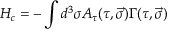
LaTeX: H _ { c } = - \int { d ^ { 3 } \sigma A _ { \tau } ( \tau , \vec { \sigma } ) \Gamma ( \tau , \vec { \sigma } ) }